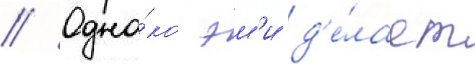
// Одна́ко эм'и д'е́лает